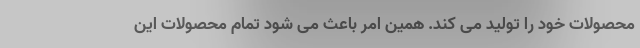
محصولات خود را تولید می کند. همین امر باعث می شود تمام محصولات این